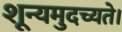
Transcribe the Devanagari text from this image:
शून्यमुदच्यते।